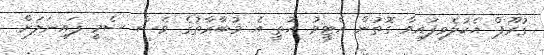
ގުރޫޕް އެކުލެވިފައިވާ ގޮތުން އެޓީމު އޮތީ އެ މުބާރާތުގެ ވެސް ސެމީ ފައިނަލަށް